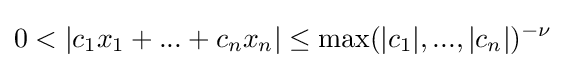
0<|c_{1}x_{1}+...+c_{n}x_{n}|\leq \max(|c_{1}|,...,|c_{n}|)^{-\nu }